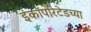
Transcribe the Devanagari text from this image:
इंकॉर्पोरेटेडच्या